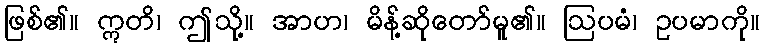
ဖြစ်၏။ ဣတိ၊ ဤသို့။ အာဟ၊ မိန့်ဆိုတော်မူ၏။ ဩပမံ၊ ဥပမာကို။